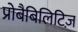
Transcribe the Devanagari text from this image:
प्रोबैबिलिटिज़